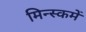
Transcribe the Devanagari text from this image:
मिन्स्कमें